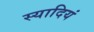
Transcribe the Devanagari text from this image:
स्यादियं